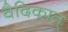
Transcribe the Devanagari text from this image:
वैदिकात्